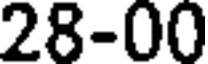
28-00